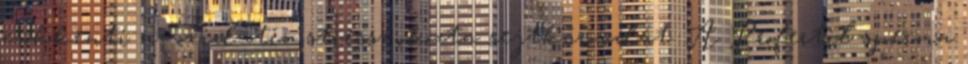
csökkenti az oxidatív stressz okozta sejtkárosodát. A Profertil sperma